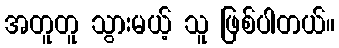
အတူတူ သွားမယ့် သူ ဖြစ်ပါတယ်။